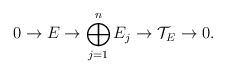
LaTeX: \begin{align*} 0 \rightarrow E \rightarrow \bigoplus_{j=1}^n E_j \rightarrow \mathcal{T}_E \rightarrow 0. \end{align*}